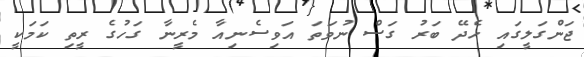
ޖަންގަލީގައި ހެދޭ ބަރު ގަސް ނުވަތަ އަވިސެނިއާ މެރީނާ ގަހުގެ ރީތި ކަމަކީ